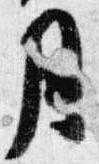
月